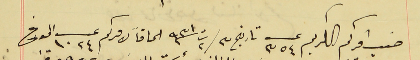
حسب امركم الكريم عـ ٣٥٤ تاريخ ٣/ ت٢ سنة ٩٣١ الحاقاً لامركم عد ١٠٢٤ المورخ